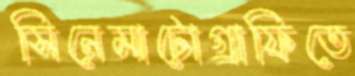
সিনেমাটোগ্রাফিতে